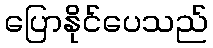
ပြောနိုင်ပေသည်